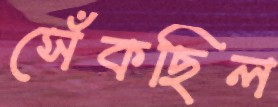
সেঁকছিল